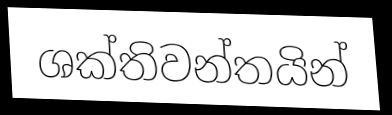
ශක්තිවන්තයින්